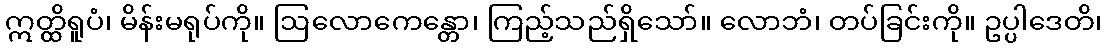
ဣတ္ထိရူပံ၊ မိန်းမရုပ်ကို။ ဩလောကေန္တော၊ ကြည့်သည်ရှိသော်။ လောဘံ၊ တပ်ခြင်းကို။ ဥပ္ပါဒေတိ၊